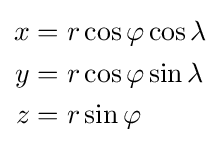
{\begin{aligned}x&=r\cos \varphi \cos \lambda \\y&=r\cos \varphi \sin \lambda \\z&=r\sin \varphi \end{aligned}}